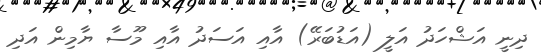
ދިނީ އަޝްހަދު އަލީ (އަޑުބަރޭ) އާއި އަސަދު އާއި މޫސާ ޔާމިން އަދި